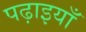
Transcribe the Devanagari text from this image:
पढ़ाइयाँ